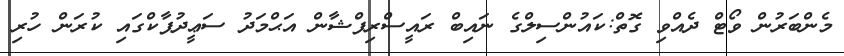
މެންބަރުން ވޯޓް ދެއްވި ގޮތް:ކައުންސިލްގެ ނައިބް ރައީސްރިފްޝާން އަޙްމަދު ސަޢީދުޕާކްގައި ކުރަން ހުރި